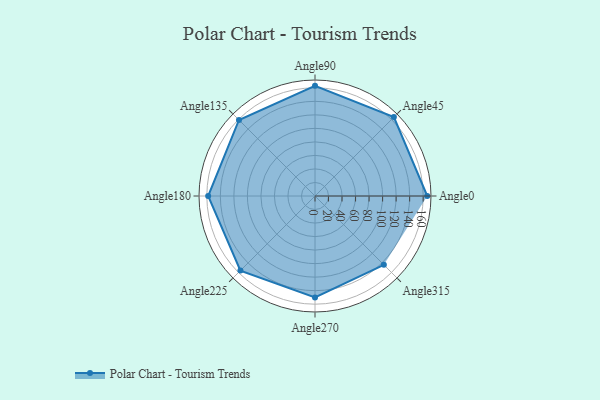
{"axis": {"x": "Angle", "y": "Radius"}, "legend": [""], "data": [{"x": "Angle0", "y": 166.0, "type": ""}, {"x": "Angle45", "y": 165.0, "type": ""}, {"x": "Angle90", "y": 163.0, "type": ""}, {"x": "Angle135", "y": 159.0, "type": ""}, {"x": "Angle180", "y": 158.0, "type": ""}, {"x": "Angle225", "y": 156.0, "type": ""}, {"x": "Angle270", "y": 150.0, "type": ""}, {"x": "Angle315", "y": 144.0, "type": ""}]}